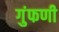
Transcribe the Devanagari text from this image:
गुंफणी